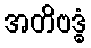
အတိဗဒ္ဓံ